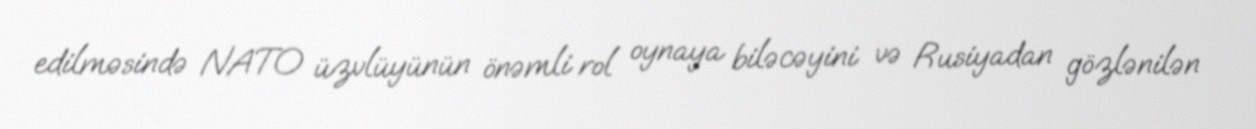
edilməsində NATO üzvlüyünün önəmli rol oynaya biləcəyini və Rusiyadan gözlənilən